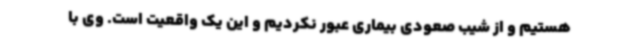
هستیم و از شیب صعودی بیماری عبور نکردیم و این یک واقعیت است. وی با